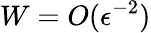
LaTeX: W=O(\epsilon^{-2})